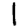
Digit: 1